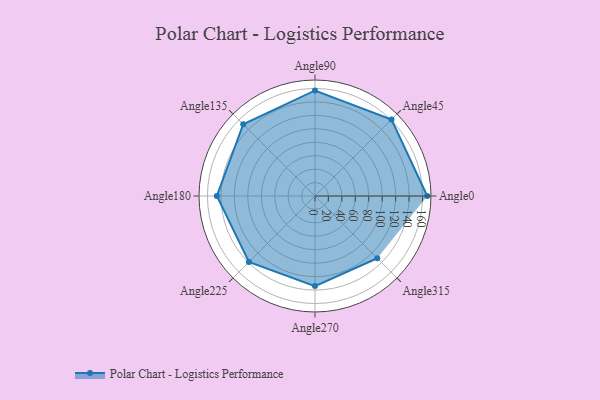
{"axis": {"x": "Angle", "y": "Radius"}, "legend": [""], "data": [{"x": "Angle0", "y": 167.0, "type": ""}, {"x": "Angle45", "y": 161.0, "type": ""}, {"x": "Angle90", "y": 157.0, "type": ""}, {"x": "Angle135", "y": 151.0, "type": ""}, {"x": "Angle180", "y": 146.0, "type": ""}, {"x": "Angle225", "y": 139.0, "type": ""}, {"x": "Angle270", "y": 134.0, "type": ""}, {"x": "Angle315", "y": 131.0, "type": ""}]}